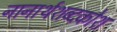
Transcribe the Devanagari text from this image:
नानार्थशब्दकोश